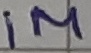
Text: 1M